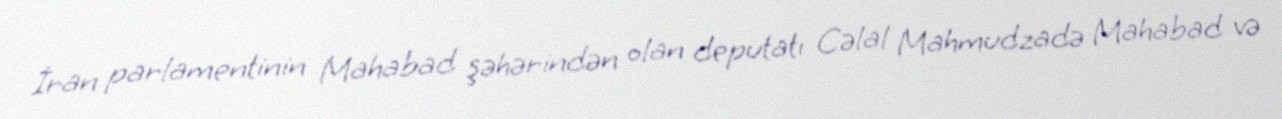
İran parlamentinin Mahabad şəhərindən olan deputatı Cəlal Mahmudzadə Mahabad və